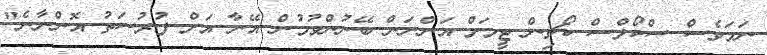
ނަމަވެސް ސްކޯލްސް ކޯޗިން ޓީމަށް އަންނަން ބޭނުންވުމުން އޭނާ އަށް ފުރުސަތު އޮންނާނެ"